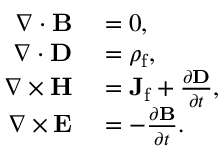
\begin{array} { r l } { \nabla \cdot \mathbf { B } } & { { } = 0 , } \\ { \nabla \cdot \mathbf { D } } & { { } = \rho _ { \mathrm { f } } , } \\ { \nabla \times \mathbf { H } } & { { } = \mathbf { J } _ { \mathrm { f } } + { \frac { \partial \mathbf { D } } { \partial t } } , } \\ { \nabla \times \mathbf { E } } & { { } = - { \frac { \partial \mathbf { B } } { \partial t } } . } \end{array}